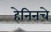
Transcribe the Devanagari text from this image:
हेनिनचे